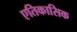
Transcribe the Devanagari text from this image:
एतिकासिक